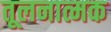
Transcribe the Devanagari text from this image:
तूलनात्मक